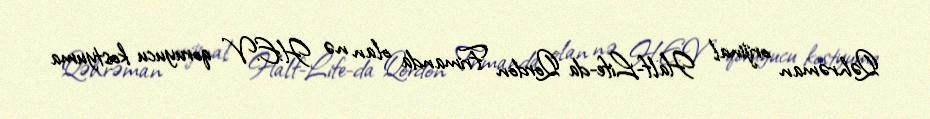
Qəhrəman orijinal Half-Life-da Qordon Frimanda olan nə H.E.V qoruyucu kostyuma